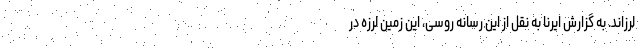
لرزاند. به گزارش ایرنا به نقل از این رسانه روسی، این زمین لرزه در